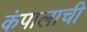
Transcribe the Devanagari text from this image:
कंपालाची